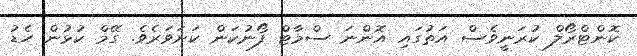
ކޮންޓްރޯލް ކުރަނީވެސް އަތުގައި އޮންނަ ސްމާޓް ފޯނުކަން ކަށަވަރެވެ. ގޭމް ކުޅުން ހެޑު